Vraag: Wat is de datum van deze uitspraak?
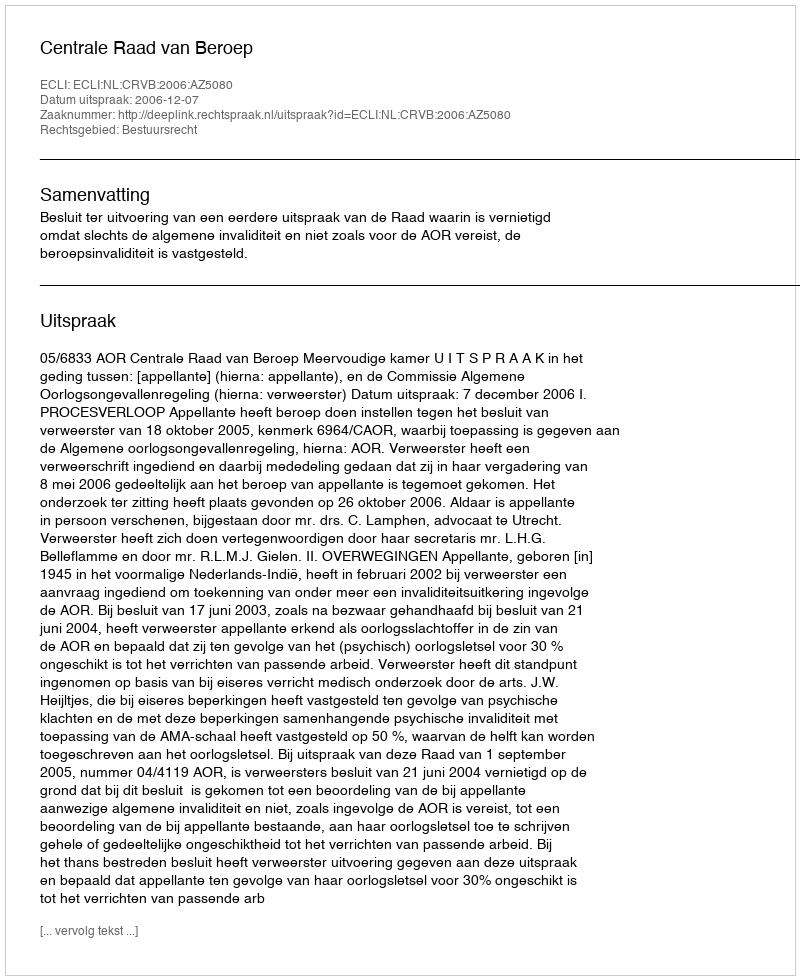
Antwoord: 2006-12-07